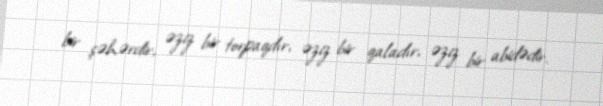
bir şəhərdir, əziz bir torpaqdır, əziz bir qaladır, əziz bir abidədir.